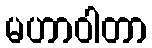
မဟာဝါတာ